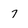
Character: 7